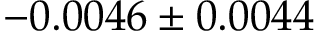
- 0 . 0 0 4 6 \pm 0 . 0 0 4 4